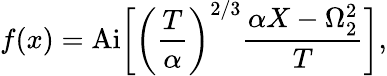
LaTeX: f(x)=\mathrm{Ai}\bigg[\left(\frac{T}{\alpha}\right)^{2/3}\frac{\alpha X-\Omega_{2}^{2}}{T}\bigg],